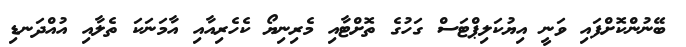
ބޭނުންކޮށްފައި ވަނީ އިޔުކަލިޕްޓަސް ގަހުގެ ތޮށްޓާއި މެރިނިޔޯ ކެހެރިއާއި އާމަނަކަ ތެލާއި އުއްދަނޑި